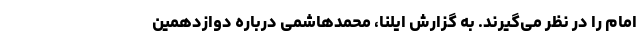
امام را در نظر می‌گیرند. به گزارش ایلنا، محمدهاشمی درباره دوازدهمین